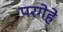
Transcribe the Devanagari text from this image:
परगेहे